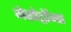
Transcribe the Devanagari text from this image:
मेसोट्रॉन्स